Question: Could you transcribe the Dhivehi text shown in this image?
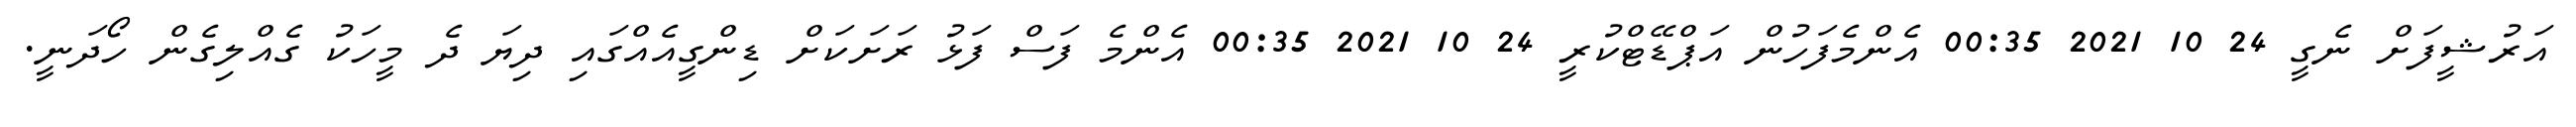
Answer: އަރުޝީފަށް ނެގީ 24 10 2021 00:35 އެންމެފަހުން އަޕްޑޭޓްކުރީ 24 10 2021 00:35 އެންމެ ފަސް ފަޅު ރަށަކަށް ޑިންގީއެއްގައި ދިޔަ ދެ މީހަކު ގެއްލިގެން ހޯދަނީ.